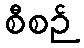
စီစဉ်